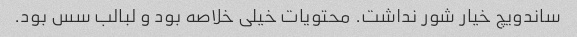
ساندویچ خیار شور نداشت. محتویات خیلی خلاصه بود و لبالب سس بود.